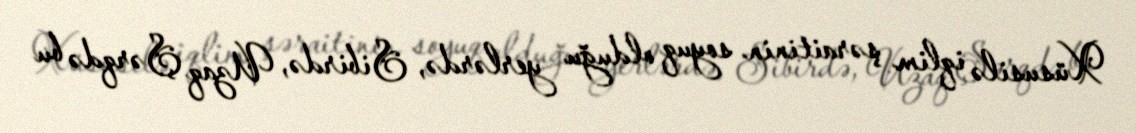
Xüsusilə iqlim şəraitinin soyuq olduğu yerlərdə, Sibirdə, Uzaq Şərqdə bu